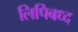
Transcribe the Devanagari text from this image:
लिपिबध्द